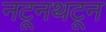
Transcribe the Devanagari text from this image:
नटूनथटून